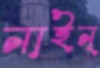
নাইন্